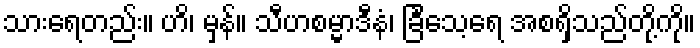
သားရေတည်း။ ဟိ၊ မှန်။ သီဟစမ္မာဒီနံ၊ ခြင်္သေ့ရေ အစရှိသည်တို့ကို။